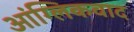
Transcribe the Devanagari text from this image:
आंग्लिकवाद